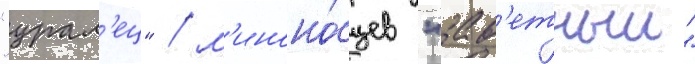
"урал'ец" / м'иноно́сцев "зав'етныи"